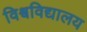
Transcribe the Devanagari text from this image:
विश्र्वविद्यालय